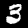
Digit: 3